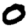
Digit: 0